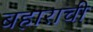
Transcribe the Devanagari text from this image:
बहाराची